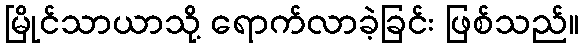
မြိုင်သာယာသို့ ရောက်လာခဲ့ခြင်း ဖြစ်သည်။